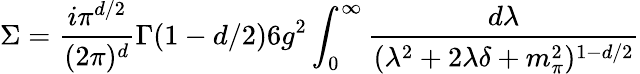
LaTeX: \Sigma={\frac{i\pi^{d/2}}{(2\pi)^{d}}}\Gamma(1-d/2)6g^{2}\int_{0}^{\infty}{\frac{d\lambda}{(\lambda^{2}+2\lambda\delta+m_{\pi}^{2})^{1-d/2}}}